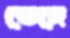
ভেঙ্গে